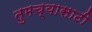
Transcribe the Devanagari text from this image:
तुमच्यासाठी